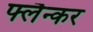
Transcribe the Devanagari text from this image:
फ्लैन्कर